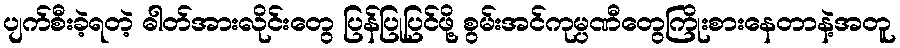
ပျက်စီးခဲ့ရတဲ့ ဓါတ်အားလိုင်းတွေ ပြန်ပြုပြင်ဖို့ စွမ်းအင်ကုမ္ပဏီတွေကြိုးစားနေတာနဲ့အတူ